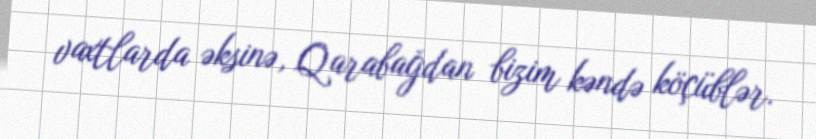
vaxtlarda əksinə, Qarabağdan bizim kəndə köçüblər.